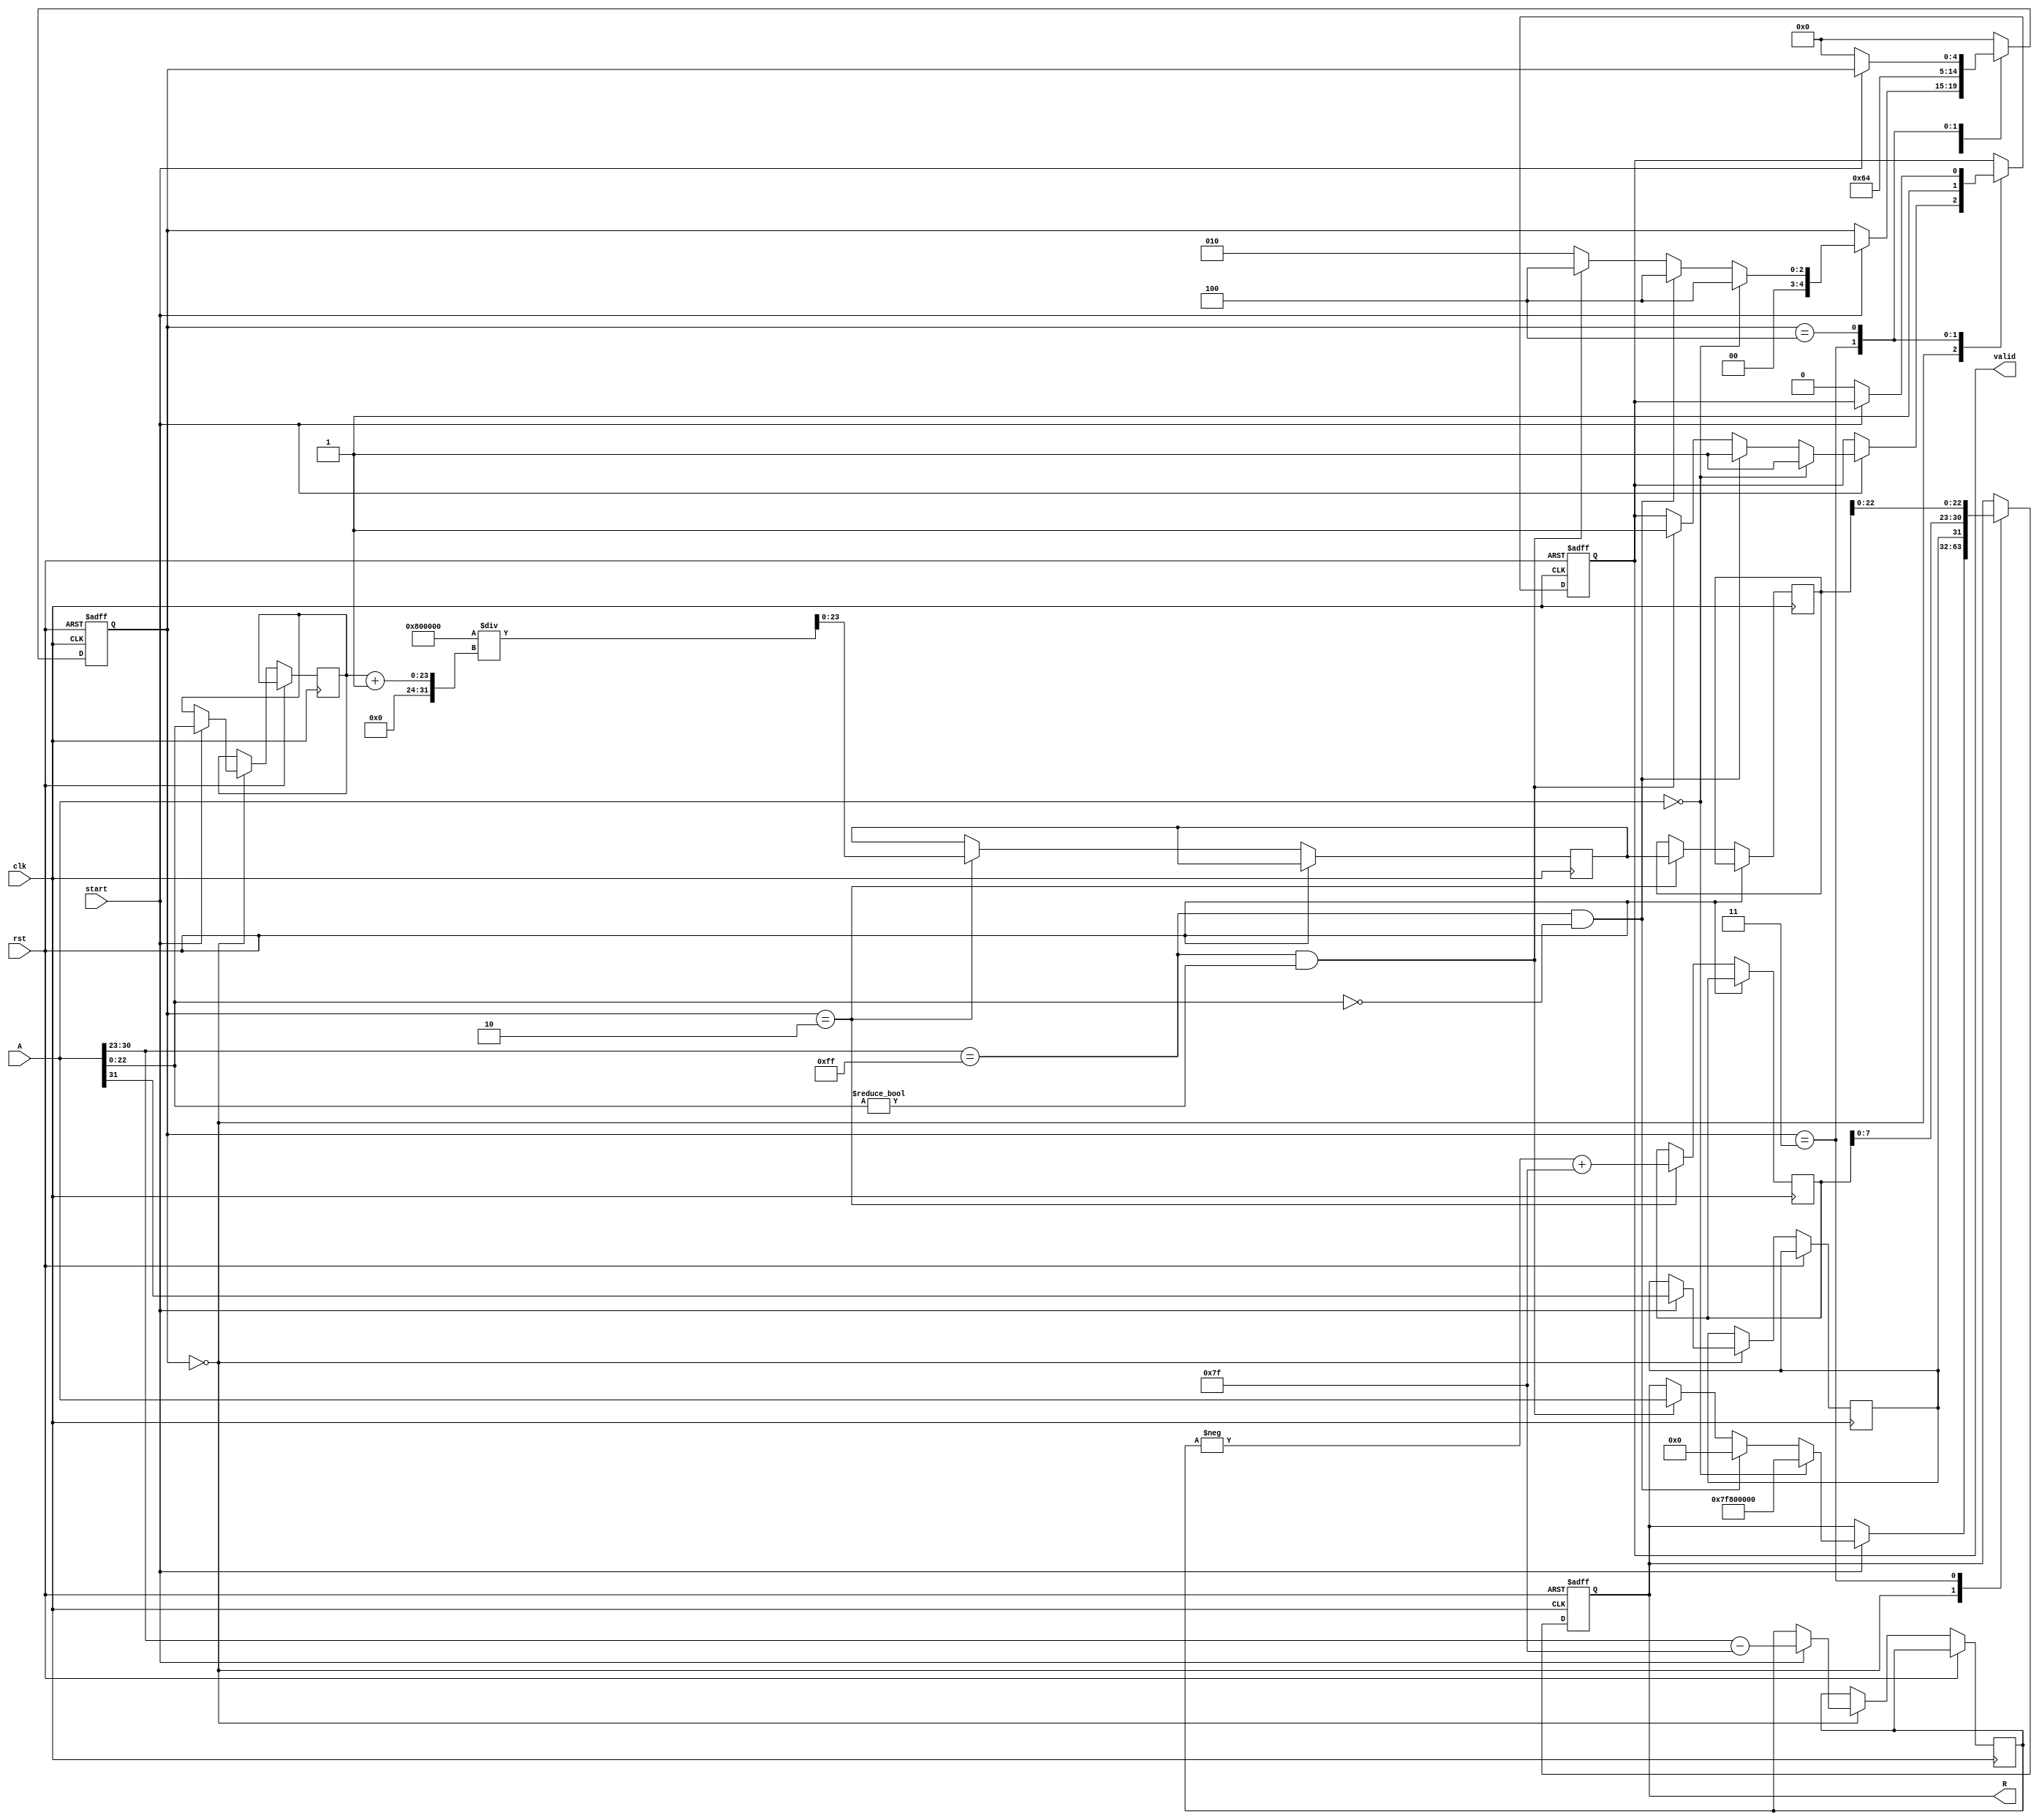
module floating_point_reciprocal (
    input wire clk,
    input wire rst,
    input wire [31:0] A, // Input floating-point number (single precision)
    input wire start, // Control signal to start the operation
    output reg [31:0] R, // Output reciprocal
    output reg valid // Output valid signal
);

    // Internal signals
    reg [7:0] exponent; // Exponent field
    reg [22:0] significand; // Significand field
    reg sign; // Sign bit
    reg [8:0] new_exponent; // New exponent after reciprocal
    reg [23:0] inv_significand; // Inverted significand
    reg [23:0] approx_significand; // Approximate significand for initial inversion
    reg invalid_input; // Flag for invalid input
    reg [4:0] state; // State machine

    // State Definitions
    localparam IDLE = 0;
    localparam PARSE = 1;
    localparam CALC_INV = 2;
    localparam FORMAT = 3;
    localparam DONE = 4;

    // Main state machine
    always @(posedge clk or posedge rst) begin
        if (rst) begin
            R <= 32'b0;
            valid <= 0;
            state <= IDLE;
        end else begin
            case (state)
                IDLE: begin
                    if (start) begin
                        sign <= A[31];
                        exponent <= A[30:23] - 127; // Unbias the exponent
                        significand <= A[22:0];
                        
                        // Handle special case: zero
                        if (A == 32'b0) begin
                            R <= 32'h7F800000; // Infinity
                            valid <= 1;
                            state <= DONE;
                        end
                        // Handle special case: infinity
                        else if (A[30:23] == 8'hFF && A[22:0] == 0) begin
                            R <= 32'b0; // Zero
                            valid <= 1;
                            state <= DONE;
                        end
                        // Handle special case: NaN
                        else if (A[30:23] == 8'hFF && A[22:0] != 0) begin
                            R <= A; // NaN
                            valid <= 1;
                            state <= DONE;
                        end else begin
                            state <= CALC_INV;
                        end
                    end
                end
                CALC_INV: begin
                    // Approximation using a simple method (replace with actual method)
                    approx_significand <= 24'h800000 / (significand + 1); // Simple approximate inversion
                    inv_significand <= approx_significand; // Direct assignment for simplification

                    // Calculate new exponent for reciprocal
                    new_exponent <= -exponent + 127; // Bias back the new exponent
                    state <= FORMAT;
                end
                FORMAT: begin
                    // Assemble result
                    R <= {sign, new_exponent[7:0], inv_significand[22:0]};
                    valid <= 1; // Mark output as valid
                    state <= DONE;
                end
                DONE: begin
                    if (!start) begin
                        valid <= 0; // Clear valid signal when done
                        state <= IDLE; // Go back to idle
                    end
                end
                default: state <= IDLE;
            endcase
        end
    end

endmodule